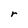
Character: r